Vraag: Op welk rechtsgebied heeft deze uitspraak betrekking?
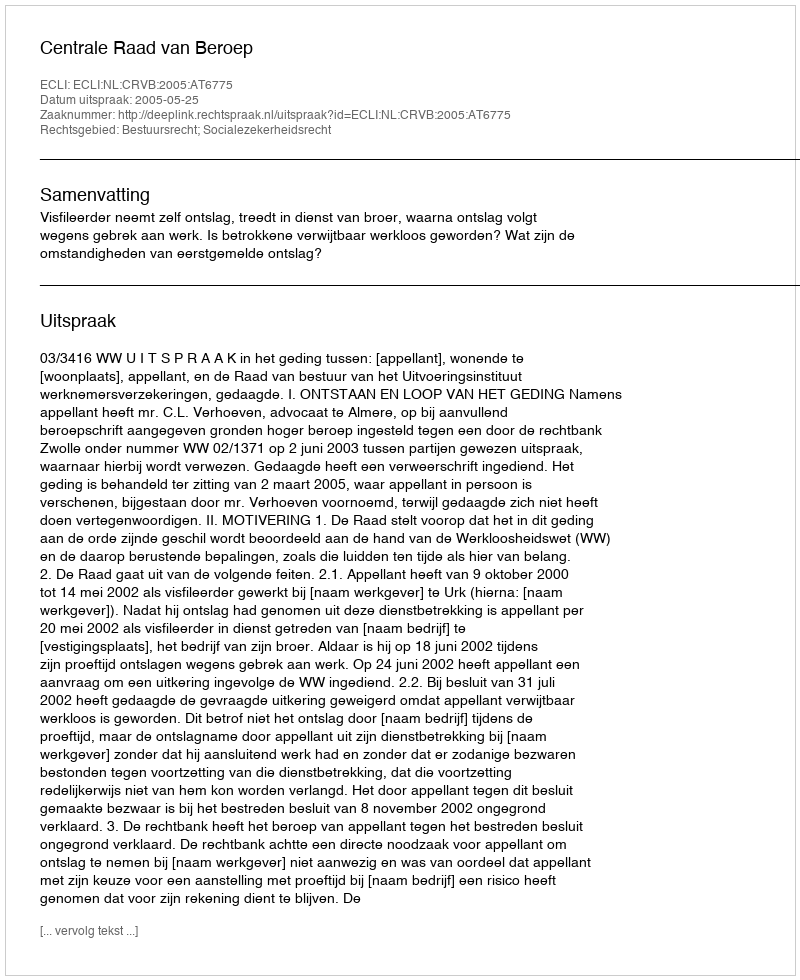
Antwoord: Bestuursrecht; Socialezekerheidsrecht